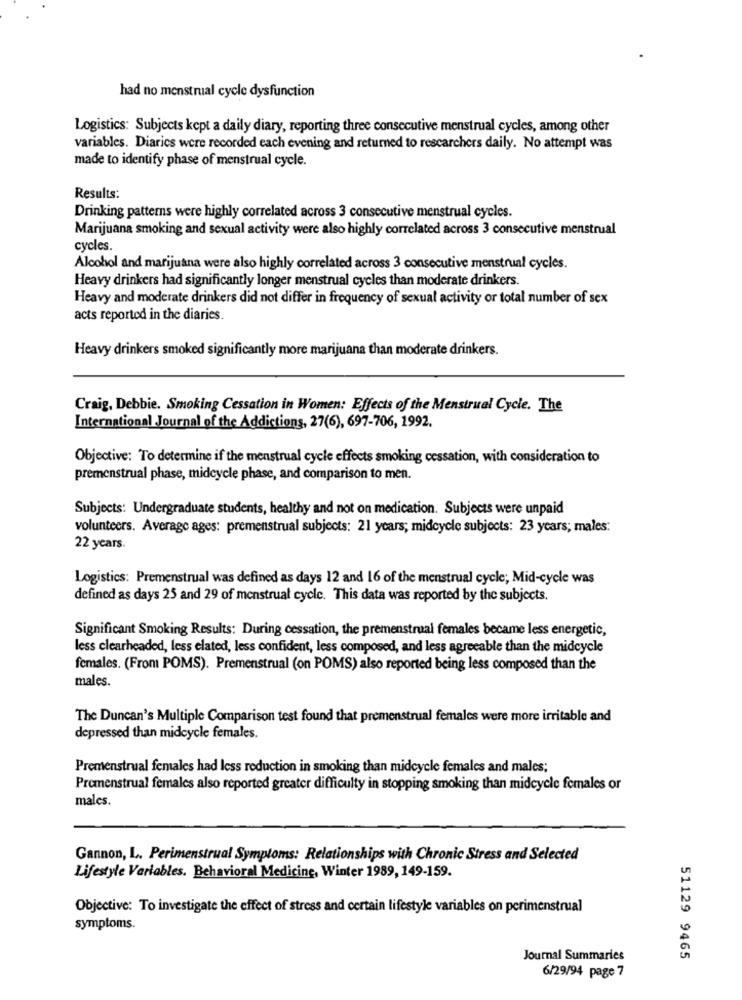
had no menstrual cycle dysfunction
Logistics: Subjects kept a daily diary, reporting three consecutive menstrual cycles, among other
variables. Diaries were recorded each evening and returned to rescarchers daily. No attempt was
made to identify phase of menstrual cycle.
Results:
Drinking patterns were highly correlated across 3 consecutive menstrual cycles.
Marijuana smoking and sexual activity were also highly correlated across 3 consecutive menstrual
cycles.
Alcohol and marijuana were also highly correlated across 3 consecutive menstrual cycles.
Heavy drinkers had significantly longer menstrual cycles than moderate drinkers.
Heavy and moderate drinkers did not differ in frequency of sexual activity or total number of sex
acts reported in the diaries.
Heavy drinkers smoked significantly more marijuana than moderate drinkers.
Craig, Debbie. Smoking Cessation in Women: Effects of the Menstrual Cycle. The
International Journal of the Addictions, 27(6), 697-706, 1992.
Objective: To determine if the menstrual cycle effects smoking cessation, with consideration to
premenstrual phase, midcycle phase, and comparison to men.
Subjects: Undergraduate students, healthy and not on medication. Subjects were unpaid
volunteers. Average ages: premenstrual subjects: 21 years; midcycle subjects: 23 years; males:
22 years.
Logistics: Premenstrual was defined as days 12 and 16 of the menstrual cycle; Mid-cycle was
defined as days 25 and 29 of menstrual cycle. This data was reported by the subjects.
Significant Smoking Results: During cessation, the premenstrual females became less energetic,
less clearheaded, less elated, less confident, less composed, and less agreeable than the midcycle
females. (From POMS). Premenstrual (on POMS) also reported being less composed than the
males.
The Duncan's Multiple Comparison test found that premenstrual females were more irritable and
depressed than midcycle females.
Premenstrual females had less reduction in smoking than midcycle females and males;
Premenstrual females also reported greater difficulty in stopping smoking than midcycle females or
males.
Gannon, L. Perimenstrual Symptoms: Relationships with Chronic Stress and Selected
Lifestyle Variables. Behavioral Medicine, Winter 1989, 149-159.
Objective: To investigate the effect of stress and certain lifestyle variables on perimenstrual
symptoms.
Journal Summaries
51129 9465
6/29/94 page 7